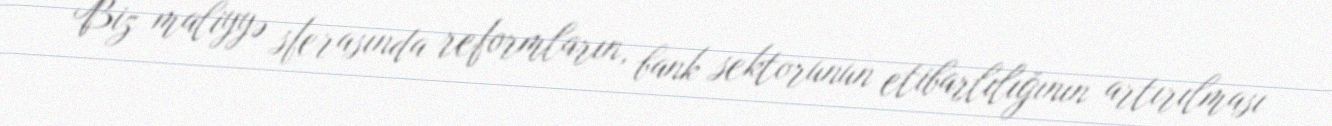
Biz maliyyə sferasında reformların, bank sektorunun etibarlılığının artırılması